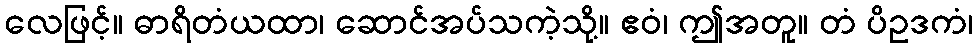
လေဖြင့်။ ဓာရိတံယထာ၊ ဆောင်အပ်သကဲ့သို့။ ဧဝံ၊ ဤအတူ။ တံ ပိဥဒကံ၊